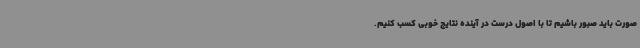
صورت باید صبور باشیم تا با اصول درست در آینده نتایج خوبی کسب کنیم.